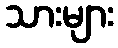
သားများ